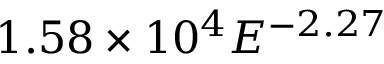
1 . 5 8 \times 1 0 ^ { 4 } E ^ { - 2 . 2 7 }